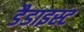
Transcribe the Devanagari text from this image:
डैडाइस्ट